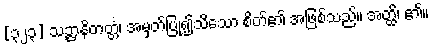
[၃၂၃] သဉ္ဇာနိတတ္တံ၊ အမှတ်ပြု၍သိသော စိတ်၏ အဖြစ်သည်။ အတ္ထိ၊ ၏။